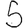
Digit: 5